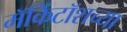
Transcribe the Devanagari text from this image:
मॅकिंटॉशच्या